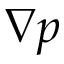
\nabla p